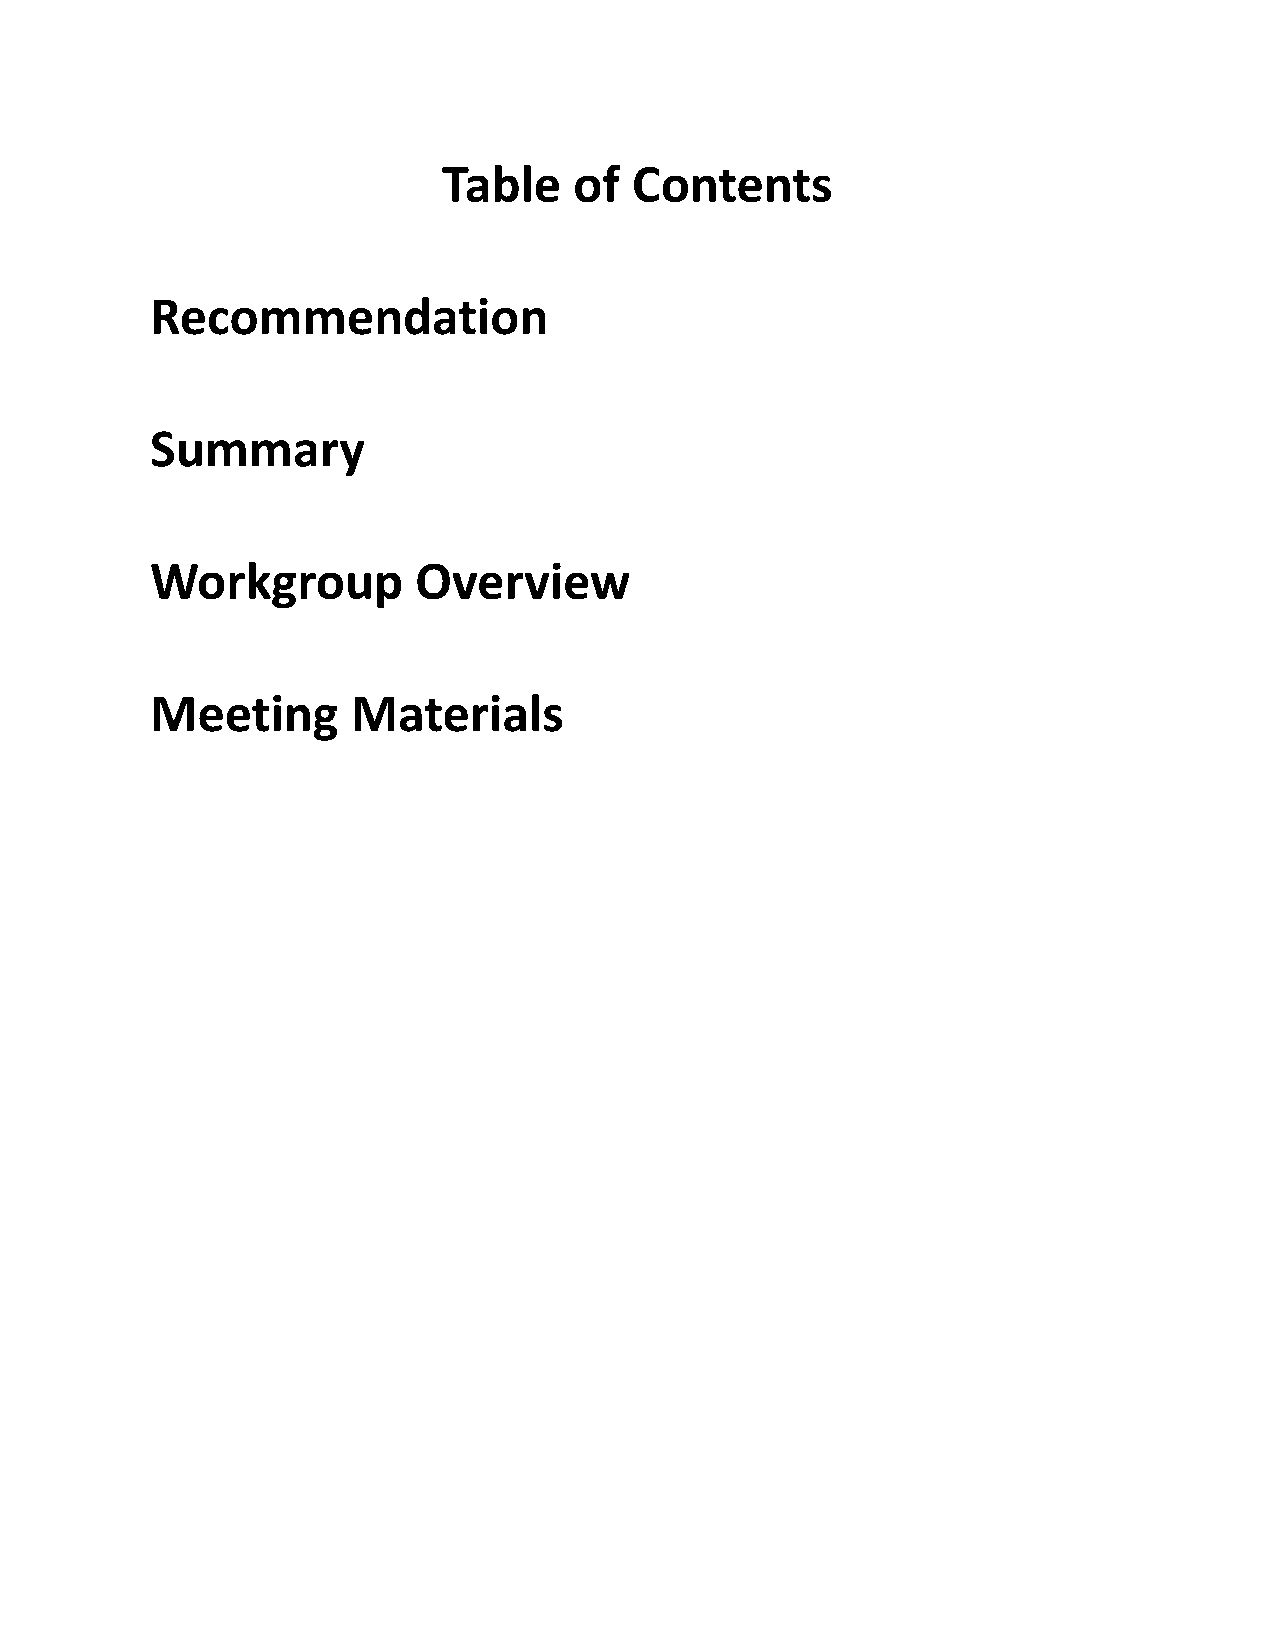
Table    of  Contents
 Recommendation
 Summary
 Workgroup        Overview
 Meeting      Materials